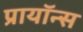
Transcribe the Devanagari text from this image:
प्रायॉन्स